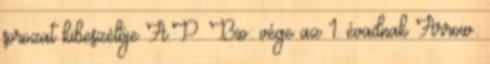
sorozat kibeszélője A.P. Bio: vége az 1. évadnak Arrow: